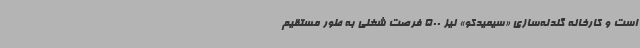
است و کارخانه گندله‌سازی «سیمیدکو» نیز 500 فرصت شغلی به‌ طور مستقیم